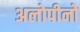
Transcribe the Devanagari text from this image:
अलोपीनो